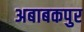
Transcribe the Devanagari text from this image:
अबाबकपुर